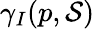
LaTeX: \gamma_{I}(p,{\mathcal{S}})